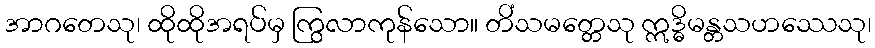
အာဂတေသု၊ ထိုထိုအရပ်မှ ကြွလာကုန်သော။ တိံသမတ္တေသု ဣဒ္ဓိမန္တသဟဿေသု၊